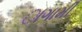
ાગામી